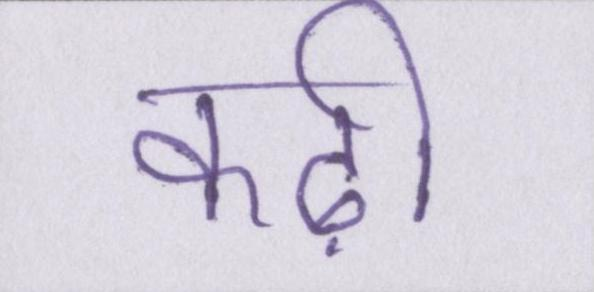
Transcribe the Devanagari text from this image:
कढ़ी